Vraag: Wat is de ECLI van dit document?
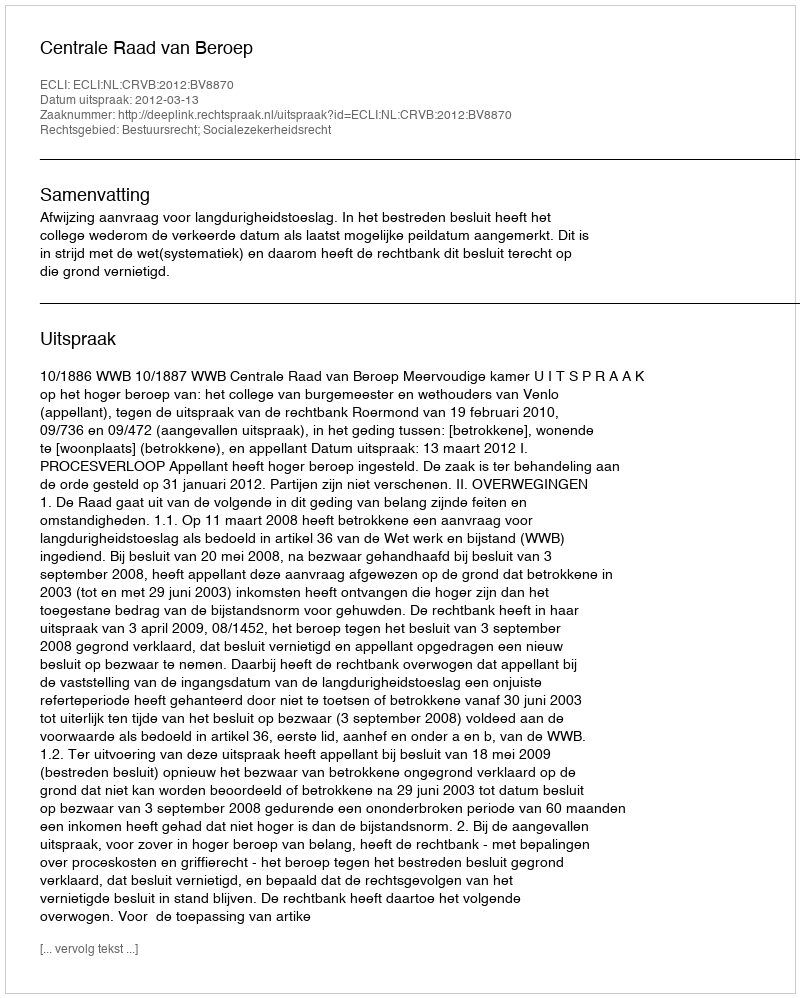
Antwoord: ECLI:NL:CRVB:2012:BV8870